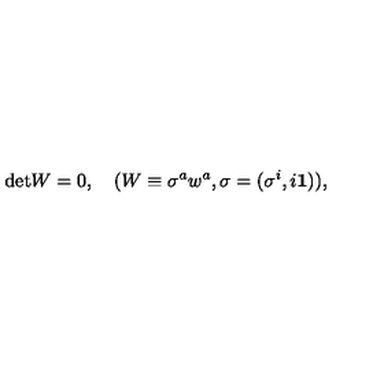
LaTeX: \mathrm { d e t } W = 0 , \quad ( W \equiv \sigma ^ { a } w ^ { a } , \sigma = ( \sigma ^ { i } , i { \mathbf 1 } ) ) ,